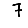
Digit: 7